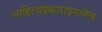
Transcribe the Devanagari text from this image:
साहित्यप्रकाराप्रमाणेच